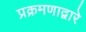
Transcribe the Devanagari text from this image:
प्रक्रमणाद्वारे